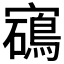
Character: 𡫰